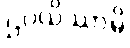
ဌပယိဿာမိ